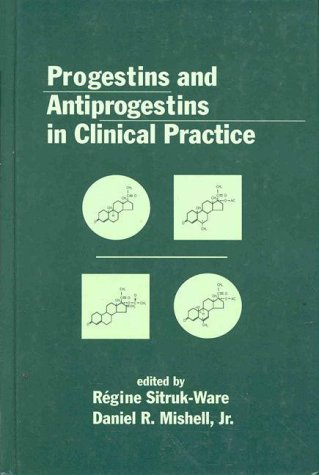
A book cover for Progestins and Antiprogestins in Clinical Practice; Daniel R. Mishell; Health, Fitness & Dieting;